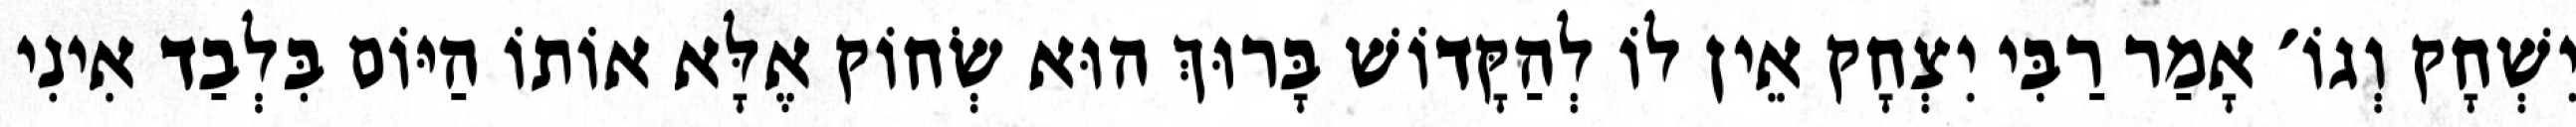
יִשְׁחָק וְגוֹ׳ אָמַר רַבִּי יִצְחָק אֵין לוֹ לְהַקָּדוֹשׁ בָּרוּךְ הוּא שְׂחוֹק אֶלָּא אוֹתוֹ הַיּוֹם בִּלְבַד אִינִי